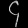
Digit: ၄